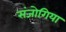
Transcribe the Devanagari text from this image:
संजोगिया